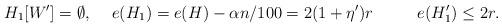
LaTeX: \begin{align*}H_1[W'] & = \emptyset, & e(H_1) & = e(H)-\alpha n/100=2 ( 1 + \eta' )r & && e(H'_1) & \le 2 r.\end{align*}